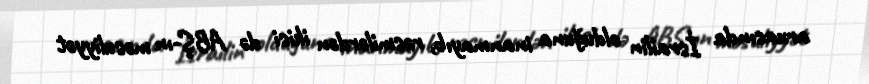
arxasında İsrailin olduğuna inanmayıb, rəsmilərdən ikisi də ABŞ-ın məsuliyyət